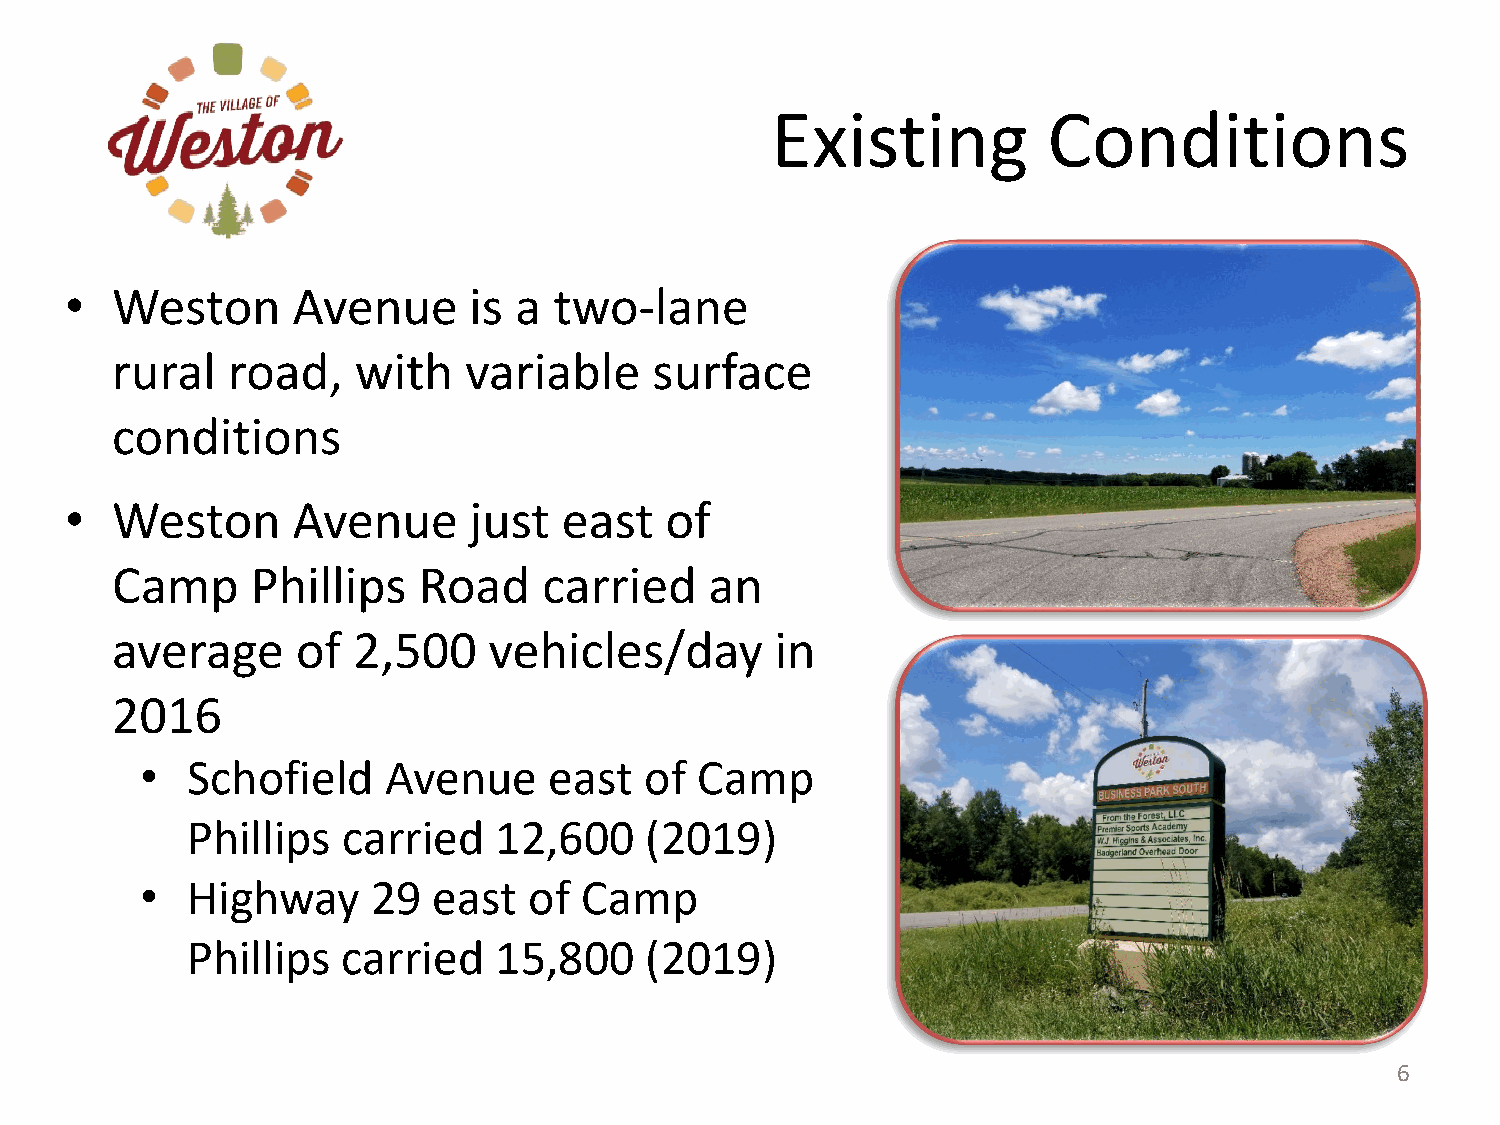
Existing          Conditions
 •  Weston      Avenue      is a  two-lane
 rural   road,   with    variable    surface
 conditions
 •  Weston      Avenue      just  east   of
 Camp      Phillips   Road    carried    an
 average      of 2,500    vehicles/day       in
 2016
 •  Schofield    Avenue     east   of Camp
 Phillips   carriHedig h1w2,a6y0 02 9(2 a0n1d9 I)n terchange are drivers
 •  Highway      29  east  of Camp
 Phillips   carried   15,800    (2019)
 6